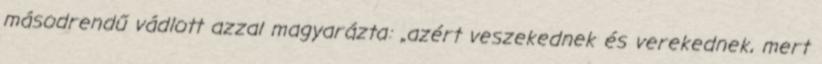
másodrendű vádlott azzal magyarázta: „azért veszekednek és verekednek, mert